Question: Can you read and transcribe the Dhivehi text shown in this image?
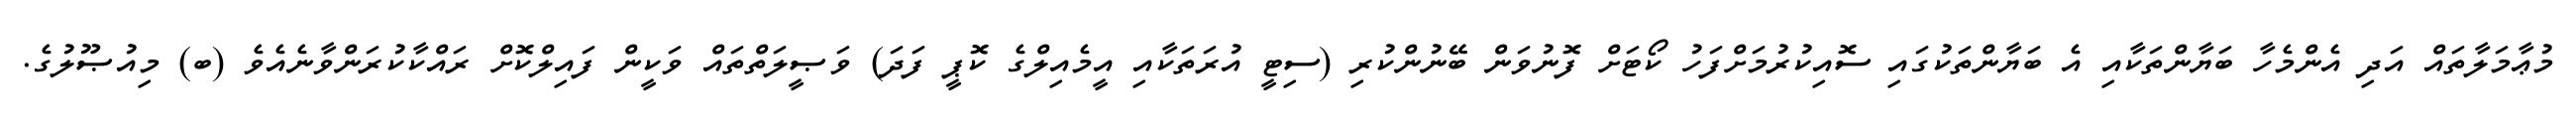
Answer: މުޢާމަލާތައް އަދި އެންމެހާ ބަޔާންތަކާއި އެ ބަޔާންތަކުގައި ސޮއިކުރުމަށްފަހު ކޯޓަށް ފޮނުވަން ބޭނުންކުރި (ސިޓީ އުރަތަކާއި އީމެއިލްގެ ކޮޕީ ފަދަ) ވަޞީލަތްތައް ވަކީން ފައިލްކޮށް ރައްކާކުރަންވާނެއެވެ (ބ) މިއުޞޫލުގެ.